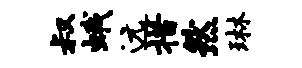
叔蛾远措然琳